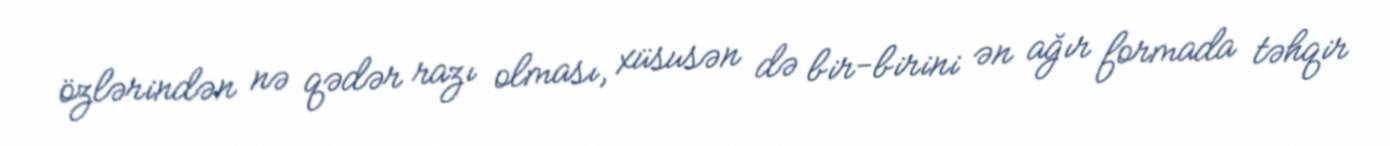
özlərindən nə qədər razı olması, xüsusən də bir-birini ən ağır formada təhqir